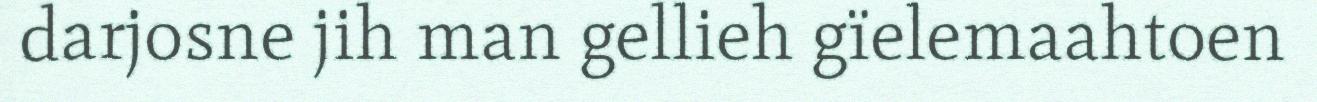
darjosne jih man gellieh gïelemaahtoen